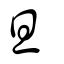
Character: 旦